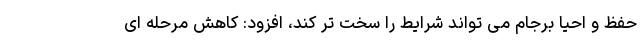
حفظ و احیا برجام می تواند شرایط را سخت تر کند، افزود: کاهش مرحله ای